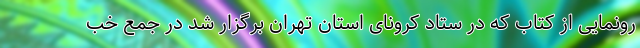
رونمایی از کتاب که در ستاد کرونای استان تهران برگزار شد در جمع خب